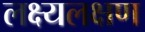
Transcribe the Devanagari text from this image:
लक्ष्यलक्षण